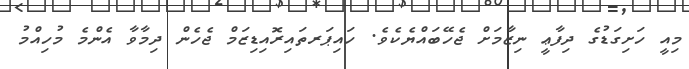
މިއީ ހަށިގަޑުގެ ދިފާޢީ ނިޒާމަށް ޖެހޭބައްޔެކެވެ. ހައިޕަރތައިރޮއިޑިޒަމް ޖެހެން ދިމާވާ އެންމެ މުހިއްމު